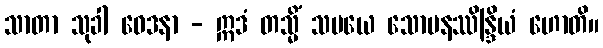
သာတာ သုခါ ဝေဒနာ - ဣဒံ တသ္မိံ သမယေ သောမနဿိန္ဒြိယံ ဟောတိ။